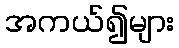
အကယ်၍များ